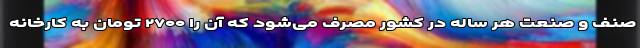
صنف و صنعت هر ساله در کشور مصرف می‌شود که آن را ۲۷۰۰ تومان به کارخانه